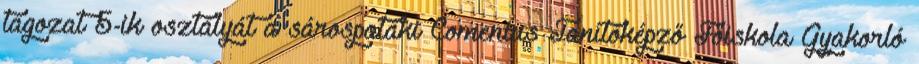
tagozat 5-ik osztályát a sárospataki Comenius Tanítóképző Főiskola Gyakorló